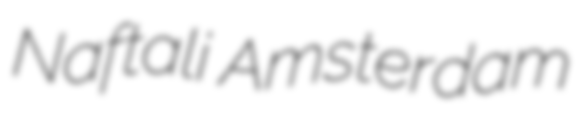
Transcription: Naftali Amsterdam